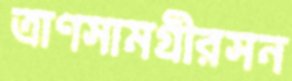
ত্রাণসামগ্রীরসন